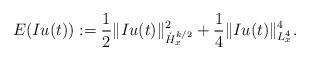
LaTeX: \begin{align*}E(Iu(t)):= \frac{1}{2} \|Iu(t)\|^2_{\dot{H}^{k/2}_x} + \frac{1}{4}\|Iu(t)\|^4_{L^4_x}. \end{align*}